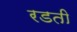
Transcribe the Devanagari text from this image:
रडती